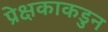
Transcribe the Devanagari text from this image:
प्रेक्षकाकडुन